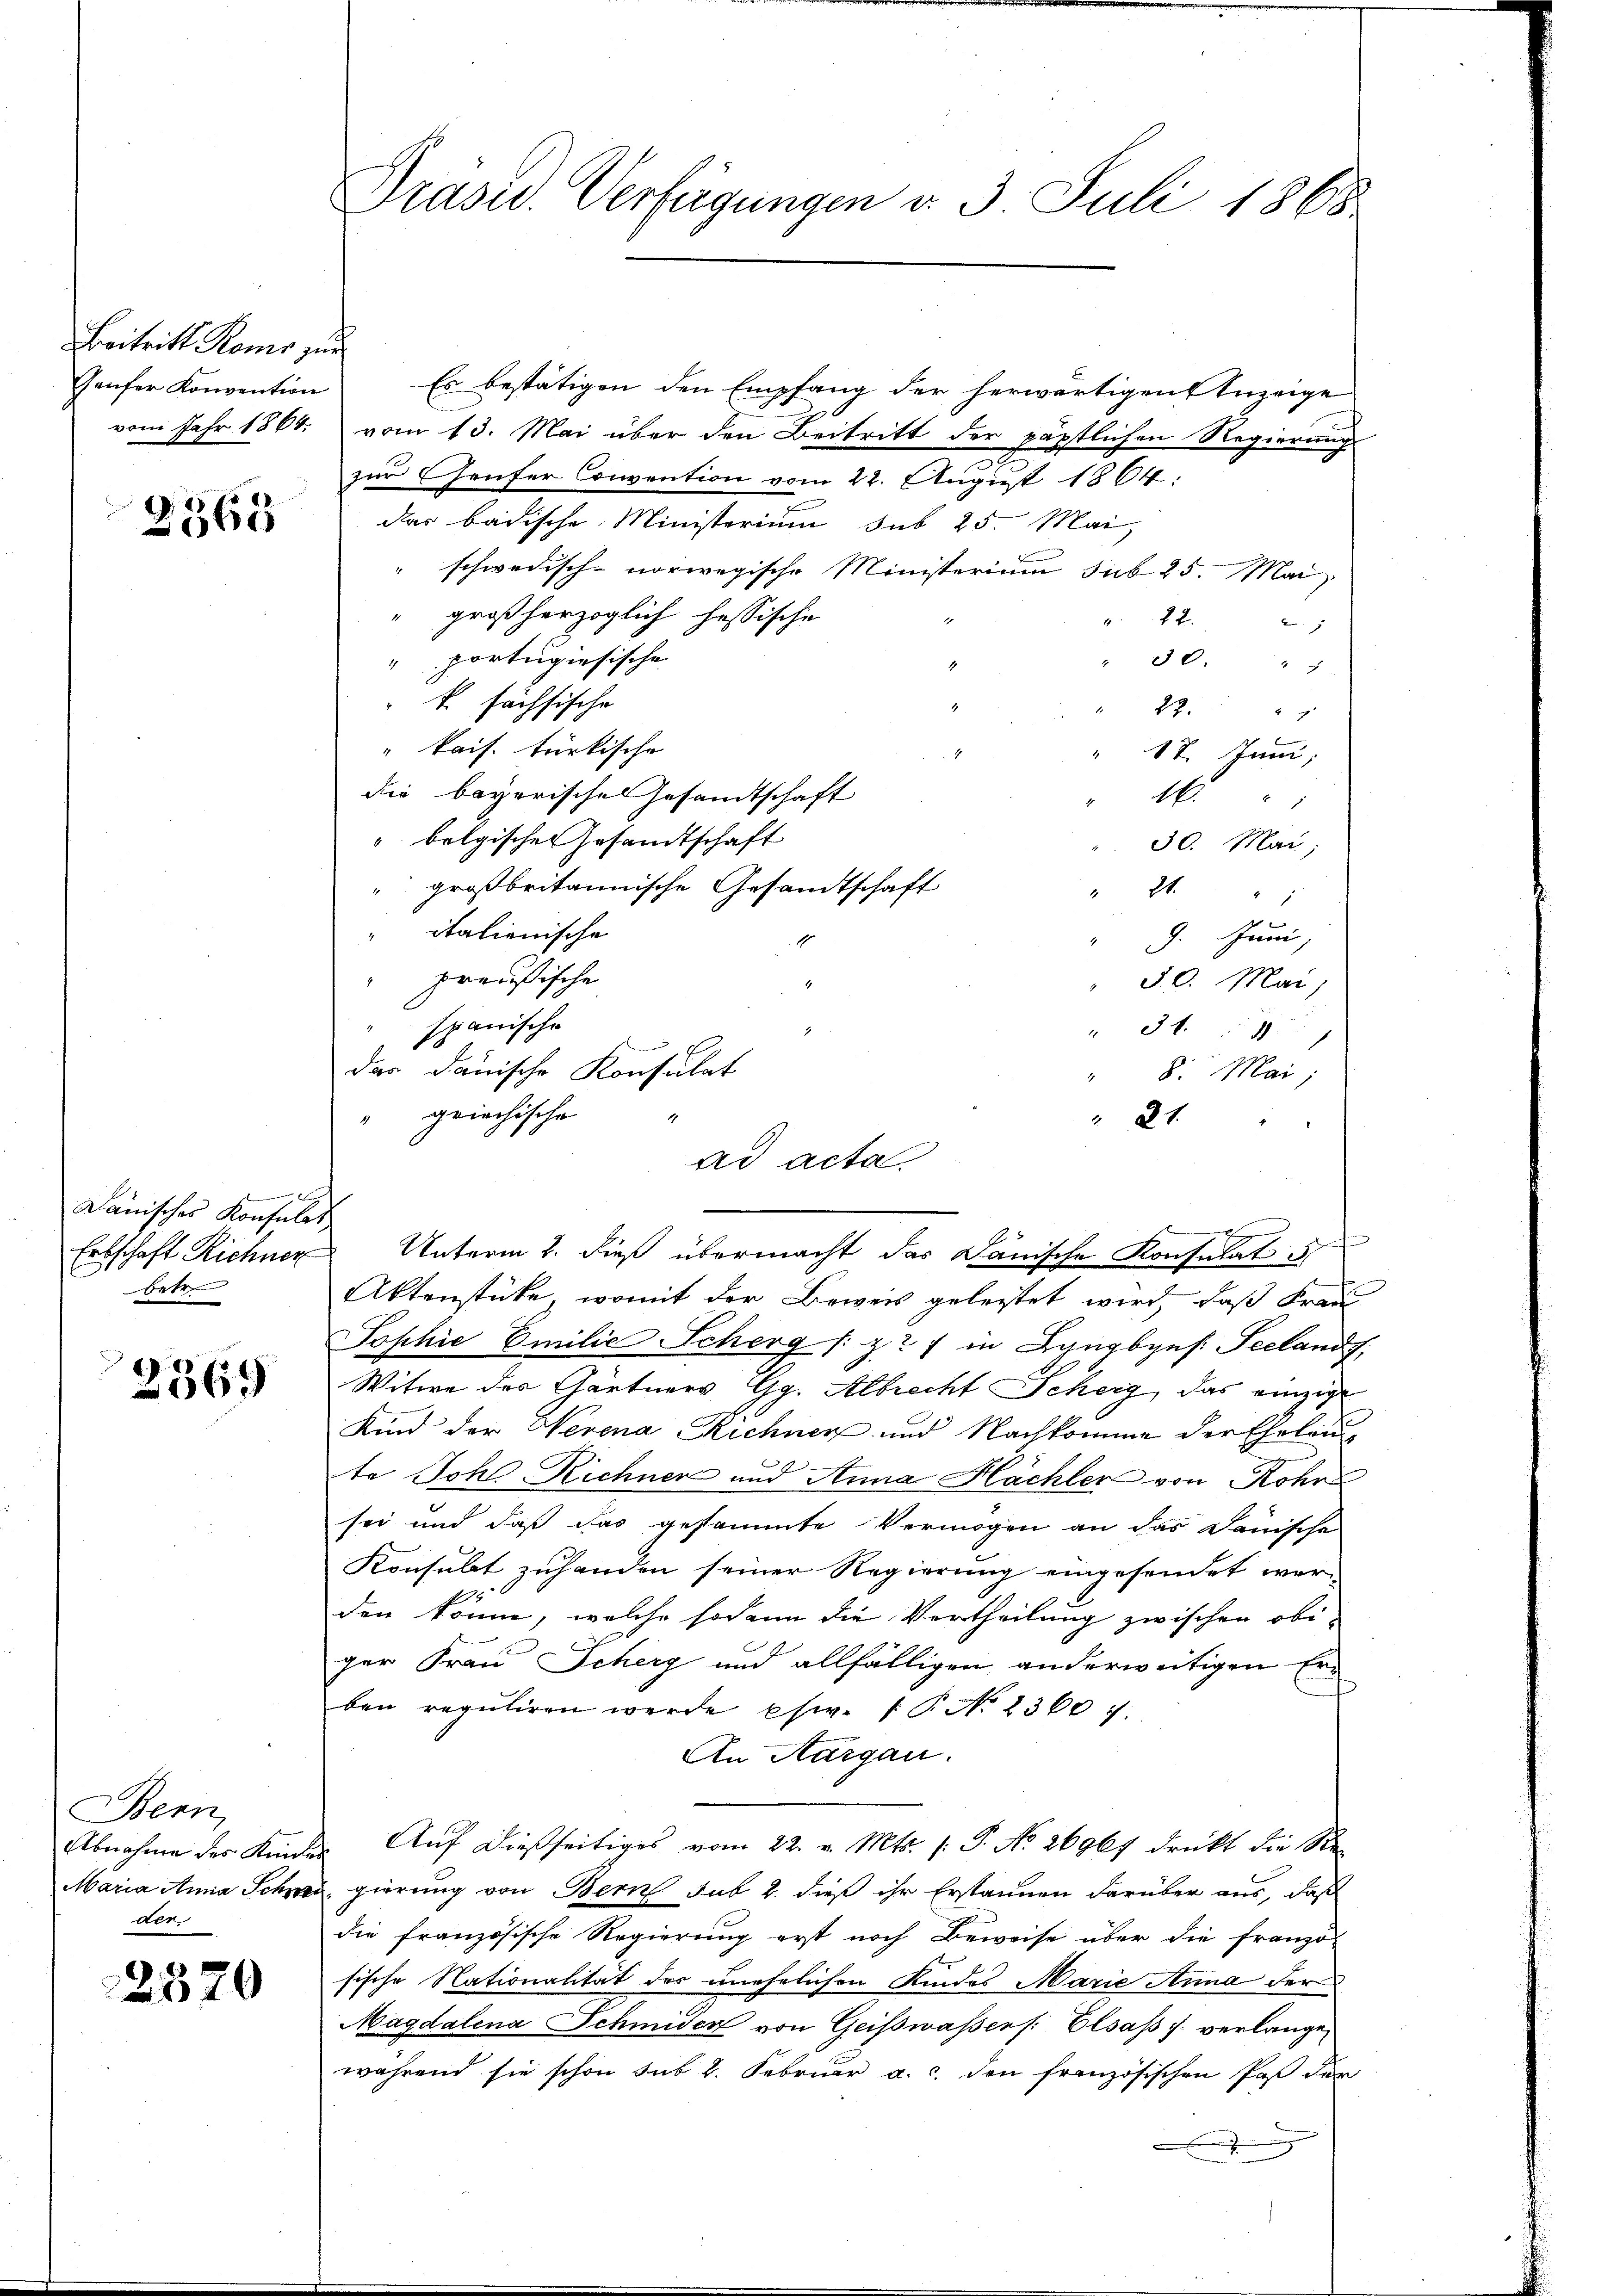
Beitritt Roms zur
Geufer Konvention

2565

.
Dänisches Konsulat
betr.

2369

Bern,
Maria Anna Schwe
der

2370

Präsid. Verfügungen d. 3. Juli 1868

Es bestätigen den Empfang der herwärtigen Anzeige
vom Jahr 1864 vom 13. Mai über den Beitritt der päptlichen Regierung
zur heuter Convention vom 22. August 1864:
das badische Ministerium sub 25. Mai,
schwedisch-norwegische Ministerium sub 25. Mai,
 großherzoglich hessische
 22. 2
30.
"portugisische

k. sächsische
17.
g
" kais. türkische
17. Juni,
die bayerischen Gesandtschaft
4
" belgischen Gesandtschaft
30. Mai,
 großbritannische Gesandtschaft
" 24 "
italienische
" 9. Juni,
" preußische
 30. Mai,
.
spanische
" 349
das danische Konsulat
" griechische
Aktenstücke, womit der Beweis geleitet wird, daß Frau
Sophie Emilie Scherg /: z? / in Langbyns. Teeland,
Witwe des Gärtners Gg. Albrecht Scheig, das einzige
Kind der Herena Richnen und Nachkomme der Eheleute Joh Richner und Anna Hachler von Rohr
sei und daß das gestammte Vermögen an das Janische
Konsulat zuhanden seiner Regierung eingesendet werden könne, welche sodann die Vertheilung zwischen obiger Frau Scherg und allfälligen anderweitigen Erben reguliren werde phw. P. No 2360 f.
An Aargau.
Abnahme des Kinder Auf dießseitiges vom 22. v. Mts. (: P. No. 26967 drückt die Ste
e gierung von Bern sub 2. dieß ihr Erstaunen darüber aus, daß
die französische Regierung erst noch Beweise über die franzö-
sische Nationalität des unehelichen Kindes Marie Anna der
Magdalena Schmider von Geißwassers. Elsass. verlangewährend sie schon sub 2. Februar a. c. den französischen Paß der

8. Mai,
1
 21.
ad acta
Erbschaft Richner Unterm 2. dieß übermacht das Dänische Konsulat